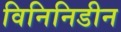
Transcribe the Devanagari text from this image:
विनिनिडीन